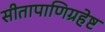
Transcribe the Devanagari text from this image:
सीतापाणिग्रहेष्ट